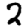
Digit: 2